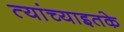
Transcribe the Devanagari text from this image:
त्यांच्याइतके